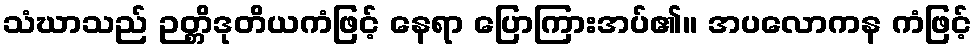
သံဃာသည် ဉတ္တိဒုတိယကံဖြင့် နေရာ ပြောကြားအပ်၏။ အပလောကန ကံဖြင့်